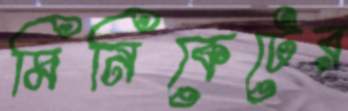
মিনিকেটের